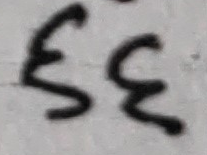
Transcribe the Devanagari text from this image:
६६